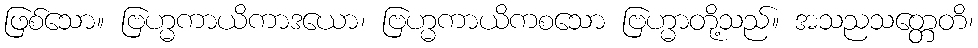
ဖြစ်သော။ ဗြဟ္မကာယိကာဒယော၊ ဗြဟ္မကာယိကစသော ဗြဟ္မာတို့သည်။ အသညသတ္တေတိ၊